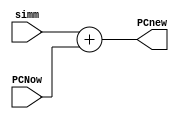
`timescale 1ns / 1ps
//////////////////////////////////////////////////////////////////////////////////
// Company: 
// Engineer: 
// 
// Design Name: 
// Module Name: adder2
// Project Name: 
// Target Devices: 
// Tool Versions: 
// Description: 
// 
// Dependencies: 
// 
// Revision:
// Revision 0.01 - File Created
// Additional Comments:
// 
//////////////////////////////////////////////////////////////////////////////////


module adder2(simm, PCNow,PCnew);
input [31:0] simm, PCNow;
output reg [31:0] PCnew;
always@(*) begin
PCnew = simm + PCNow;
end
endmodule